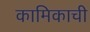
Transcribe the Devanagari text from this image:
कामिकाची